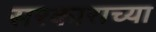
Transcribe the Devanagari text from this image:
सरकाराच्या